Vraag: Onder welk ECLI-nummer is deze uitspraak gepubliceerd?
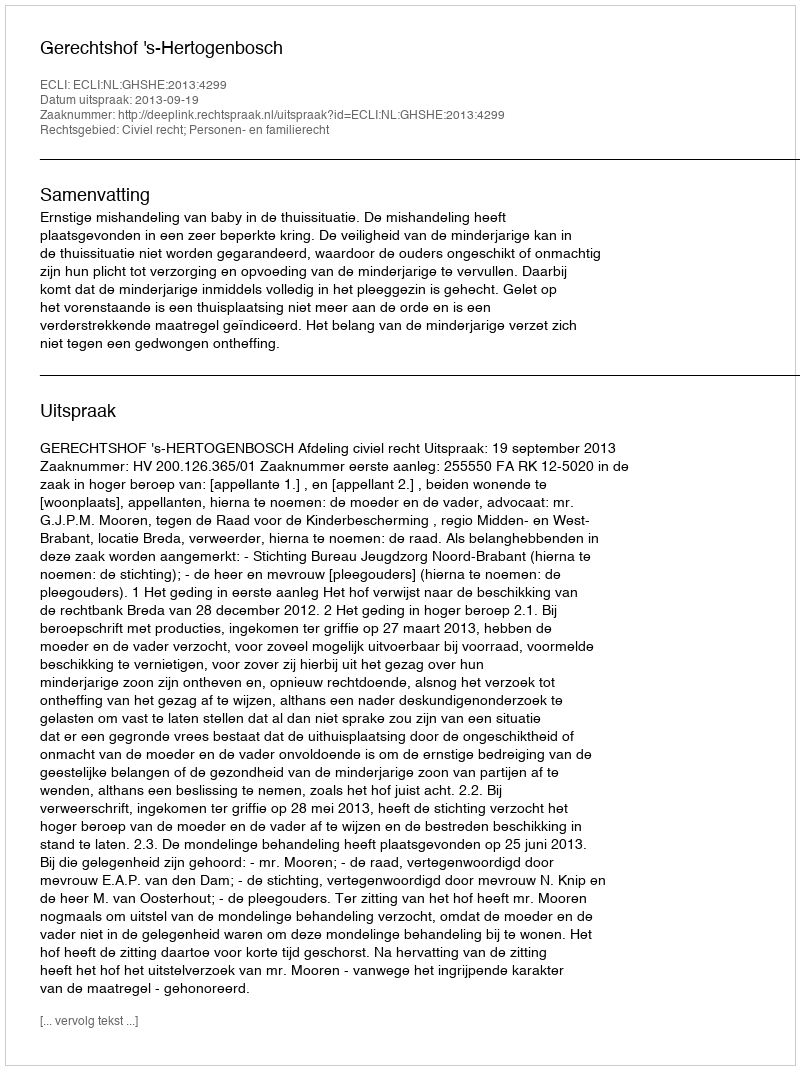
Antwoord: ECLI:NL:GHSHE:2013:4299